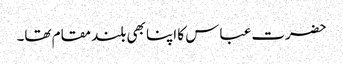
حضرت عباس کا اپنا بھی بلند مقام تھا۔